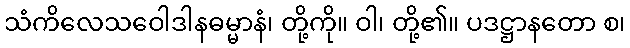
သံကိလေသဝေါဒါနဓမ္မာနံ၊ တို့ကို။ ဝါ၊ တို့၏။ ပဒဋ္ဌာနတော စ၊